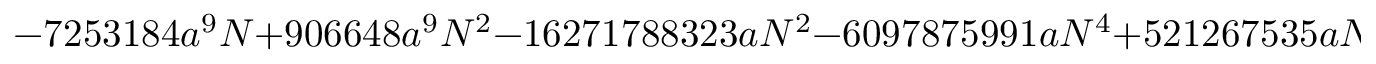
- 7 2 5 3 1 8 4 a ^ { 9 } N + 9 0 6 6 4 8 a ^ { 9 } N ^ { 2 } - 1 6 2 7 1 7 8 8 3 2 3 a N ^ { 2 } - 6 0 9 7 8 7 5 9 9 1 a N ^ { 4 } + 5 2 1 2 6 7 5 3 5 a N ^ { 6 }